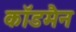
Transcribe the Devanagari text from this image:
कॉडमैन